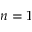
n = 1